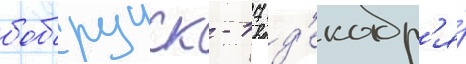
бобруиск - 17 д'екабр'я́